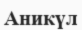
Аникүл